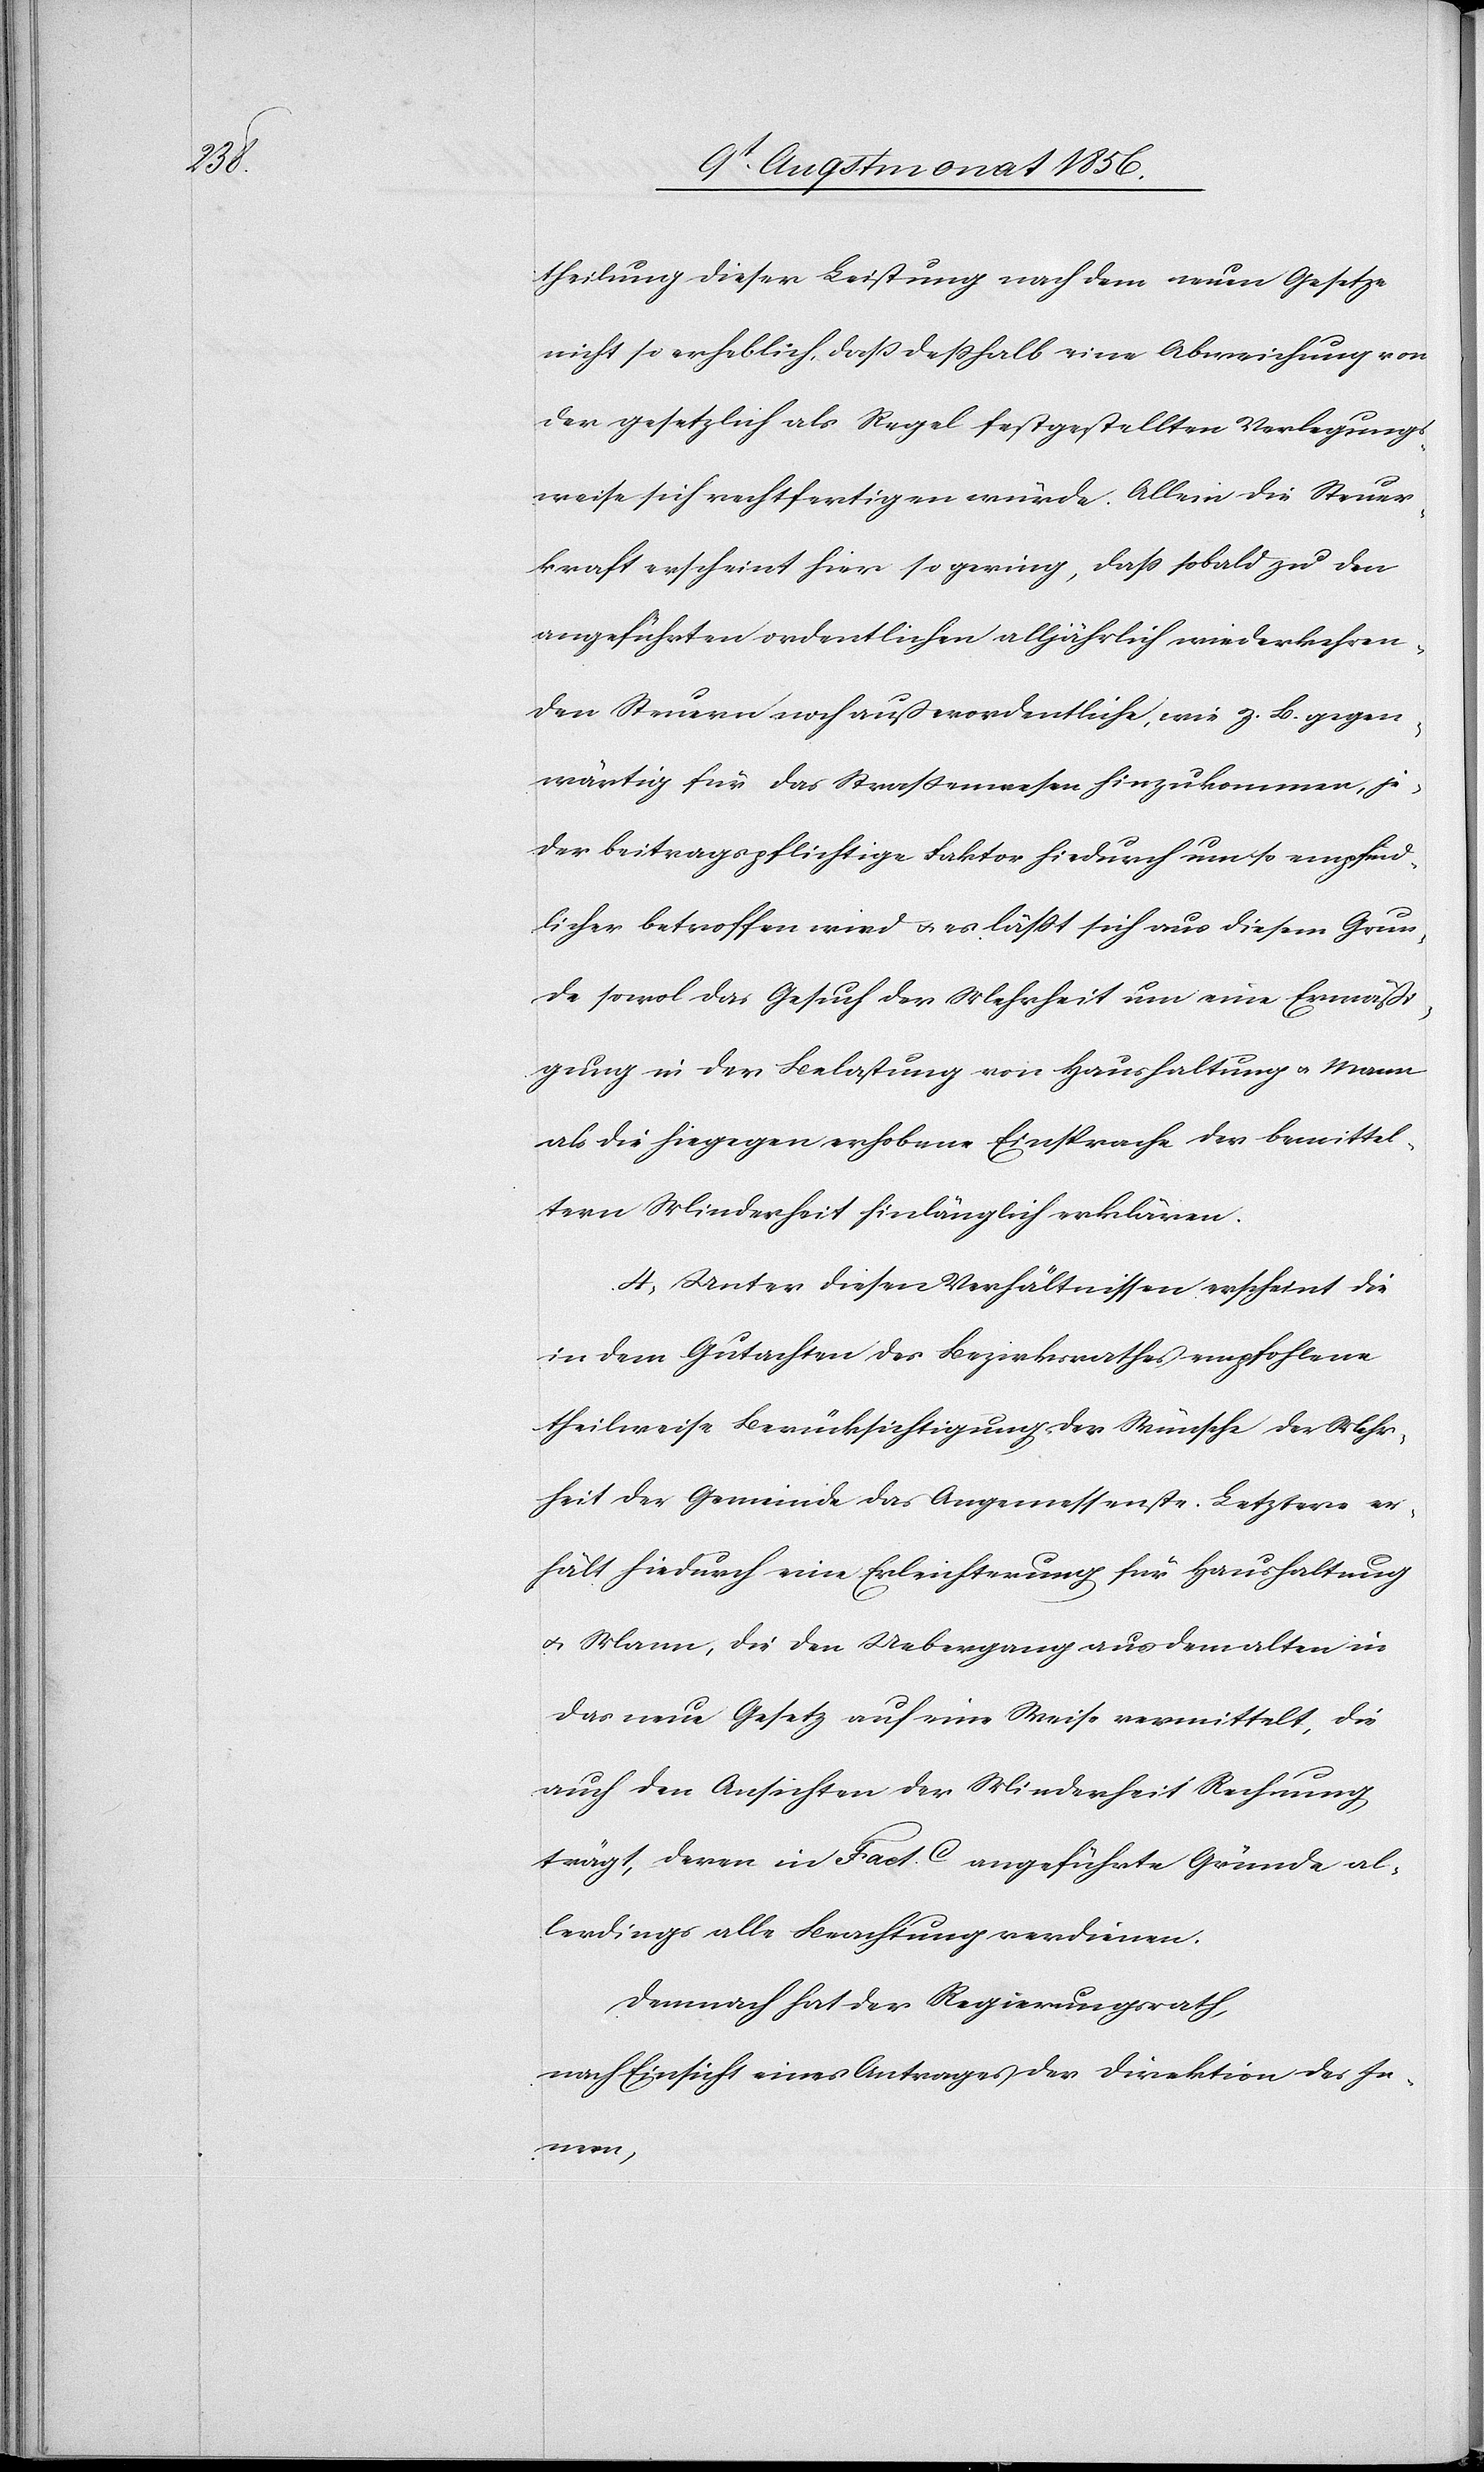
theilung dieser Leistung nach dem neuen Gesetze
nicht so erheblich, dass desshalb eine Abweichung von
der gesetzlich als Regel festgestellten Verlegungs¬
weise sich rechtfertigen würde. Allein die Steuer¬
kraft erscheint hier so gering, dass sobald zu den
angeführten ordentlichen alljährlich wiederkehren¬
den Steuern noch außerordentliche, wie z. B. gegen¬
wärtig für das Strassenwesen hinzukommen, je¬
der beitragspflichtige Faktor hiedurch um so empfind¬
licher betroffen wird u. es lässt sich aus diesem Grun¬
de sowol das Gesuch der Mehrheit um eine Ermäßi¬
gung in der Belastung von Haushaltung u. Mann
als die hiegegen erhobene Einsprache der bemittel¬
tern Minderheit hinlänglich erklären.
4.) Unter diesen Verhältnissen erscheint die
dem Gutachten des Bezirksrathes empfohlene
theilweise Berücksichtigung der Wünsche der Mehr¬
heit der Gemeinde das Angemessenste. Letztere er¬
hält hiedurch eine Erleichterung für Haushaltung
u. Mann, die den Uebergang aus dem alten in
das neue Gesetz auf eine Weise vermittelt, die
auch den Ansichten der Minderheit Rechnung
trägt, deren in Fact. C angeführte Gründe al¬
lerdings alle Beachtung verdienen.
Demnach hat der Regierungsrath,
nach Einsicht eines Antrages der Direktion des In¬
nern,